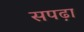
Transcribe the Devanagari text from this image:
सपढ़ा